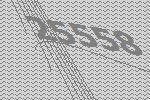
25558